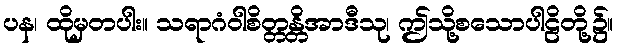
ပန၊ ထိုမှတပါး။ သရာဂံဝါစိတ္တန္တိအာဒီသု၊ ဤသို့စသောပါဠိတို့၌။